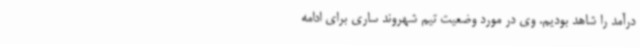
درآمد را شاهد بودیم. وی در مورد وضعیت تیم شهروند ساری برای ادامه